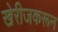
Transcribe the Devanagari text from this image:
खेरीजकरून